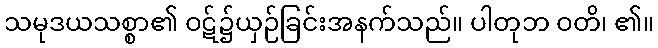
သမုဒယသစ္စာ၏ ဝဋ်၌ယှဉ်ခြင်းအနက်သည်။ ပါတုဘ ဝတိ၊ ၏။